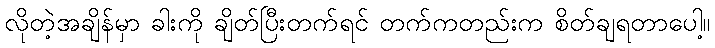
လိုတဲ့အချိန်မှာ ခါးကို ချိတ်ပြီးတက်ရင် တက်ကတည်းက စိတ်ချရတာပေါ့။